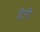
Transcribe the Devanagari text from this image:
शॆती